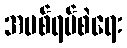
အပစ်ရပ်စဲရေး